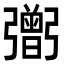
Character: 𢐷